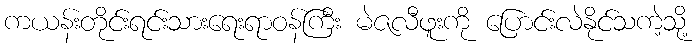
ကယန်းတိုင်းရင်းသားရေးရာဝန်ကြီး မဲဇလီဖူးကို ပြောင်းလဲနိုင်သကဲ့သို့